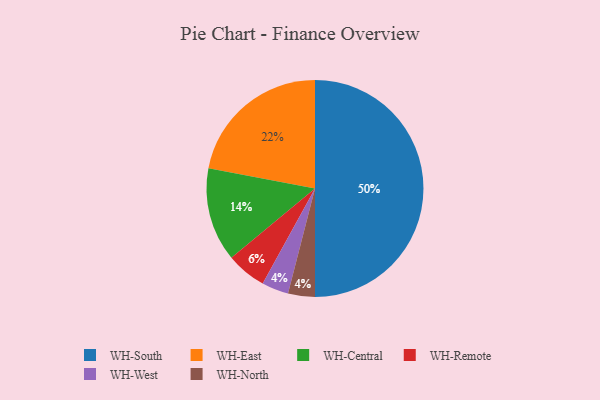
{"axis": {"x": "Category", "y": "Percentage"}, "legend": ["WH-Central", "WH-East", "WH-North", "WH-Remote", "WH-South", "WH-West"], "data": [{"x": "WH-Central", "y": 14, "type": "WH-Central"}, {"x": "WH-West", "y": 4, "type": "WH-West"}, {"x": "WH-East", "y": 22, "type": "WH-East"}, {"x": "WH-Remote", "y": 6, "type": "WH-Remote"}, {"x": "WH-South", "y": 50, "type": "WH-South"}, {"x": "WH-North", "y": 4, "type": "WH-North"}]}